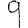
Digit: 9